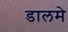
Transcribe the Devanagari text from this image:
डालमे